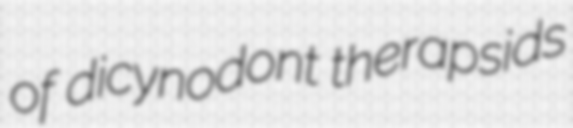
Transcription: of dicynodont therapsids